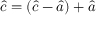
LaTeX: { \hat { c } } = ( { \hat { c } } - { \hat { a } } ) + { \hat { a } }